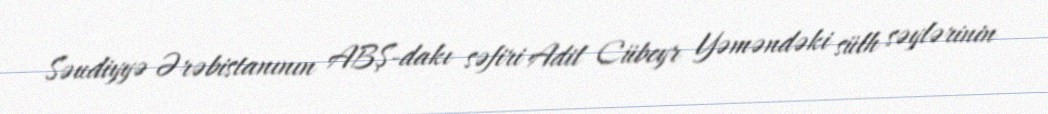
Səudiyyə Ərəbistanının ABŞ-dakı səfiri Adil Cübeyr Yəməndəki sülh səylərinin